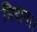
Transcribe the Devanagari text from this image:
निदाघ।।